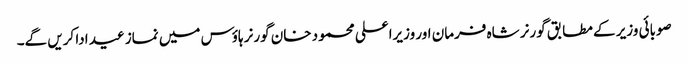
صوبائی وزیر کے مطابق گورنر شاہ فرمان اور وزیراعلی محمود خان گورنر ہاؤس میں نماز عید ادا کریں گے۔